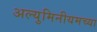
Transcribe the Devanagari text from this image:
अल्युमिनीयमच्या